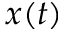
x ( t )